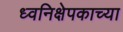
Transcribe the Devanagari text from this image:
ध्वनिक्षेपकाच्या